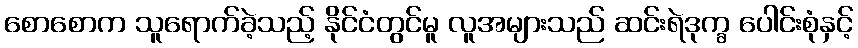
စောစောက သူရောက်ခဲ့သည့် နိုင်ငံတွင်မူ လူအများသည် ဆင်းရဲဒုက္ခ ပေါင်းစုံနှင့်